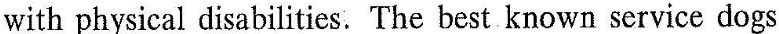
with physical disabilities. The bestknown service dogs